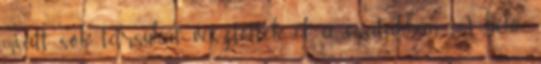
miatt sok társukat vesztették el a csatákban. A béke